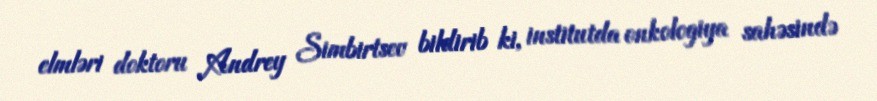
elmləri doktoru Andrey Simbirtsev bildirib ki, institutda onkologiya sahəsində